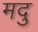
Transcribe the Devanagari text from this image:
मदु